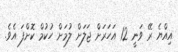
އިއްޔެ ރޭ ވަނީ 12 އަހަރަށް ޖަލަށް ލުމަށް ހުކުމް ކޮށްފަ އެވެ.